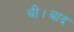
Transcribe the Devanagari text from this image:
थी।बाद